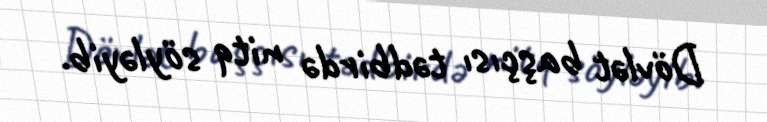
Dövlət başçısı tədbirdə nitq söyləyib.